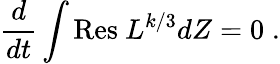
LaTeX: \frac{d}{dt}\int\mathrm{Res~}L^{k/3}dZ=0\; .